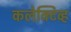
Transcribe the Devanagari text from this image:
कलेक्टिव्ह